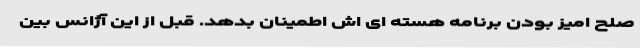
صلح امیز بودن برنامه هسته ای اش اطمینان بدهد. قبل از این آژانس بین